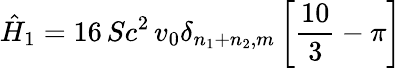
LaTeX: \hat{H}_{1}=16\, Sc^{2}\, v_{0}\delta_{n_{1}+n_{2},m}\left[{\frac{10}{3}}-\pi\right]